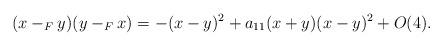
LaTeX: \begin{align*}(x-_F y)(y-_F x)=-(x-y)^2+a_{11}(x+y)(x-y)^2+O(4).\end{align*}